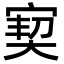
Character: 㝣